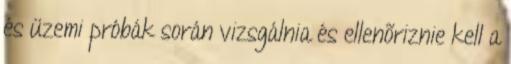
és üzemi próbák során vizsgálnia és ellenõriznie kell a